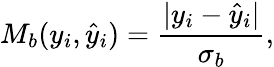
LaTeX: M_{b}(y_{i},\hat{y}_{i})=\frac{|y_{i}-\hat{y}_{i}|}{\sigma_{b}},